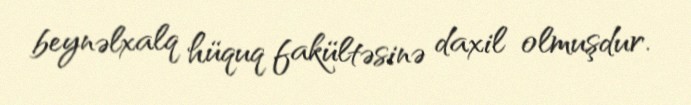
beynəlxalq hüquq fakültəsinə daxil olmuşdur.